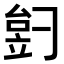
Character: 𬔠